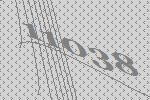
11038